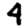
Digit: 4